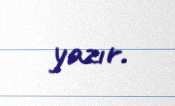
yazır.